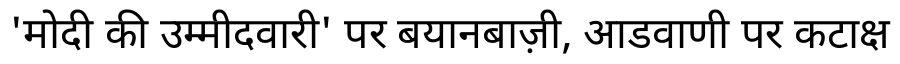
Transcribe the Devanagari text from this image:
'मोदी की उम्मीदवारी' पर बयानबाज़ी, आडवाणी पर कटाक्ष